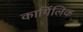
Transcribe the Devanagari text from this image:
कार्गिलिक